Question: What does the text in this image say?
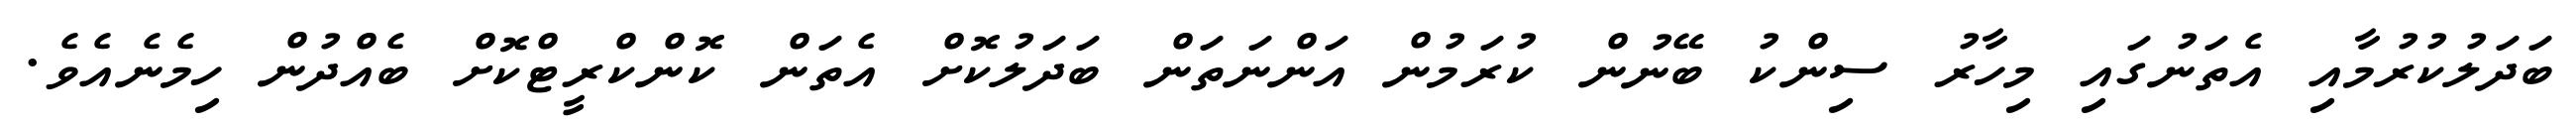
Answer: ބަދަލުކުރުމާއި އެތަނުގައި މިހާރު ސިންކު ބޭނުން ކުރަމުން އަންނަތަން ބަދަލުކޮށް އެތަން ކޮންކްރީޓްކޮށް ބެއްދުން ހިމެނެއެވެ.